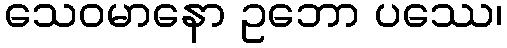
သေဝမာနော ဥဘော ပဿေ၊